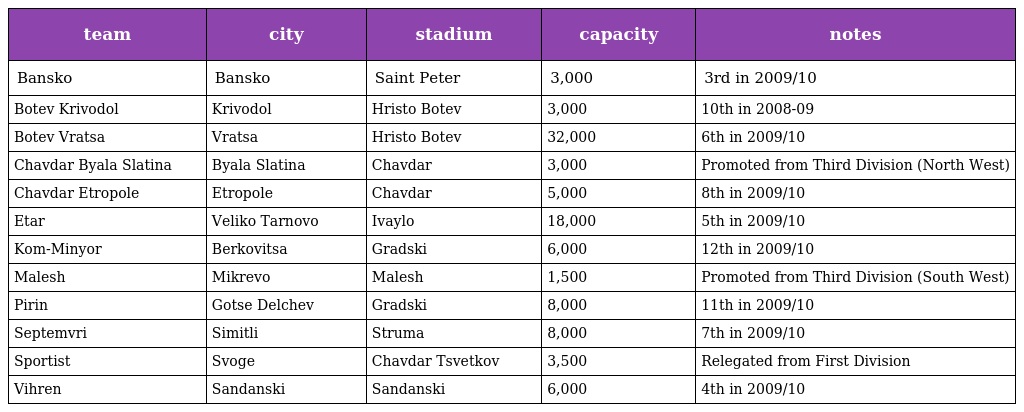
| team | city | stadium | capacity | notes |
 | --- | --- | --- | --- | --- |
 | Bansko | Bansko | Saint Peter | 3,000 | 3rd in 2009/10 |
 | Botev Krivodol | Krivodol | Hristo Botev | 3,000 | 10th in 2008-09 |
 | Botev Vratsa | Vratsa | Hristo Botev | 32,000 | 6th in 2009/10 |
 | Chavdar Byala Slatina | Byala Slatina | Chavdar | 3,000 | Promoted from Third Division (North West) |
 | Chavdar Etropole | Etropole | Chavdar | 5,000 | 8th in 2009/10 |
 | Etar | Veliko Tarnovo | Ivaylo | 18,000 | 5th in 2009/10 |
 | Kom-Minyor | Berkovitsa | Gradski | 6,000 | 12th in 2009/10 |
 | Malesh | Mikrevo | Malesh | 1,500 | Promoted from Third Division (South West) |
 | Pirin | Gotse Delchev | Gradski | 8,000 | 11th in 2009/10 |
 | Septemvri | Simitli | Struma | 8,000 | 7th in 2009/10 |
 | Sportist | Svoge | Chavdar Tsvetkov | 3,500 | Relegated from First Division |
 | Vihren | Sandanski | Sandanski | 6,000 | 4th in 2009/10 |